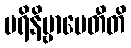
ပရိနိဗ္ဗာပေတီတိ